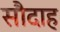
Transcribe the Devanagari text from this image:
सौदाह